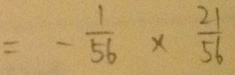
= - \frac { 1 } { 5 6 } \times \frac { 2 1 } { 5 6 }